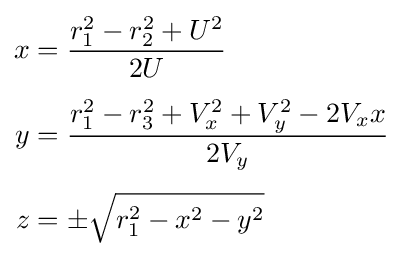
{\begin{aligned}x&={\frac {r_{1}^{2}-r_{2}^{2}+U^{2}}{2U}}\\[4pt]y&={\frac {r_{1}^{2}-r_{3}^{2}+V_{x}^{2}+V_{y}^{2}-2V_{x}x}{2V_{y}}}\\[4pt]z&=\pm {\sqrt {r_{1}^{2}-x^{2}-y^{2}}}\end{aligned}}